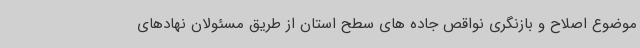
موضوع اصلاح و بازنگری نواقص جاده های سطح استان از طریق مسئولان نهادهای